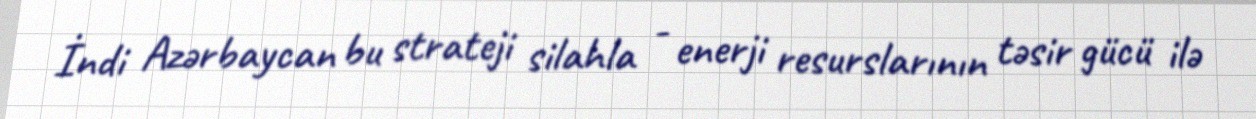
İndi Azərbaycan bu strateji silahla - enerji resurslarının təsir gücü ilə